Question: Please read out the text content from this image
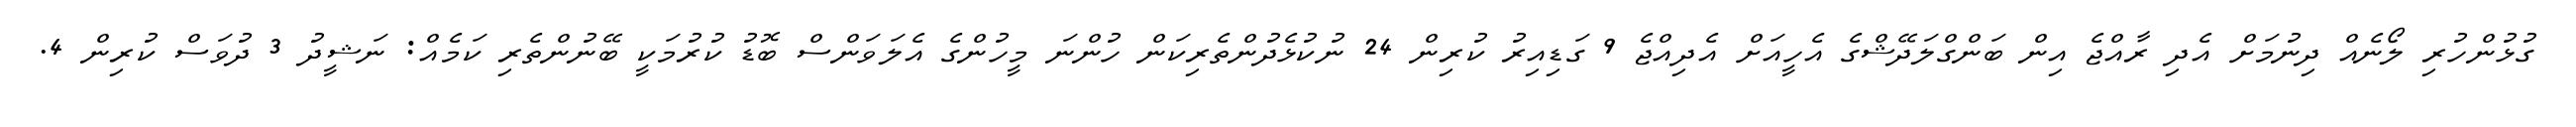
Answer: ގުޅުންހުރި ލޯނެއް ދިނުމަށް އެދި ރާއްޖެ އިން ބަންގްލަދޭޝްގެ އެހީއަށް އެދިއްޖެ 9 ގަޑިއިރު ކުރިން 24 ނުކުޅެދުންތެރިކަން ހުންނަ މީހުންގެ އެލަވަންސް ބޮޑު ކުރުމަކީ ބޭނުންތެރި ކަމެއް: ނަޝީދު 3 ދުވަސް ކުރިން 4.